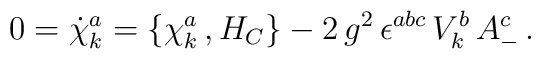
0 = {\dot\chi}^a_k =\{\chi^a_k\,, H_C \} - 2\, g^2\, \epsilon^{abc} \, V^b_k\, A^c_-   \,.